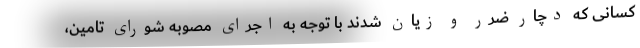
کسانی که دچار ضرر و زیان شدند با توجه به اجرای مصوبه شورای تامین،